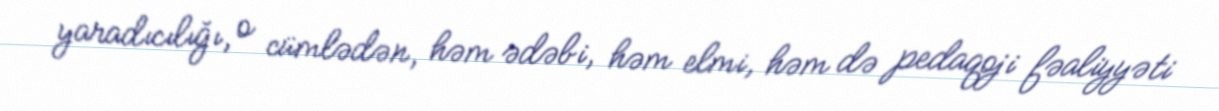
yaradıcılığı, o cümlədən, həm ədəbi, həm elmi, həm də pedaqoji fəaliyyəti